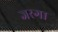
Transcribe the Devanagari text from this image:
जरगा